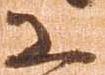
恐